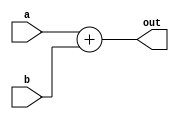
module Adder(a, b, out);
    parameter LEN = 7;
    input [LEN-1:0] a, b;
    output [LEN-1:0] out;

    assign out = a + b;
endmodule